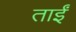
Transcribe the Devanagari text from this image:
ताईं